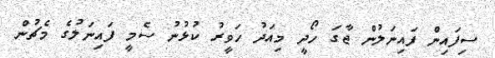
ސިފައިން ފައިނަލުން ޖާގަ ހޯދީ މިއަދު ހަވީރު ކުޅުނު ސެމީ ފައިނަލުގެ މެޗުން